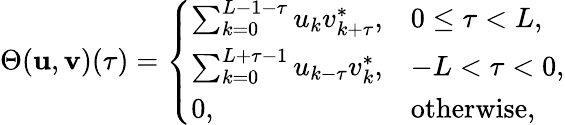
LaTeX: \Theta(\textbf{u},\textbf{v})({\tau})=\left\{ \begin{array}{ll}{\sum_{k=0}^{L-1-\tau}u_{k}v_{k+\tau}^{*},}&{0\leq\tau<L,}\\ {\sum_{k=0}^{L+\tau-1}u_{k-\tau}v_{k}^{*},}&{-L<\tau<0,}\\ {0,}&{\mathrm{otherwise},}\end{array}\right.